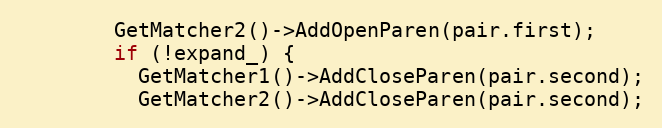
Language: C
        GetMatcher2()->AddOpenParen(pair.first);
        if (!expand_) {
          GetMatcher1()->AddCloseParen(pair.second);
          GetMatcher2()->AddCloseParen(pair.second);